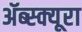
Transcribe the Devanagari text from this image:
ॲब्स्क्यूरा